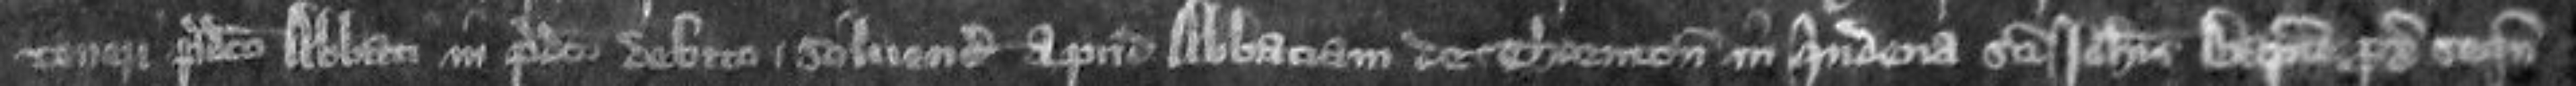
teneri predicto abbati in predicto debito solvendo apud abbatiam de Thornton in quindena Sancti Johannis Baptiste proximo sequente